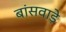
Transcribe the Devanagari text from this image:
बांसवाड़े